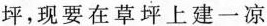
坪，现要在草坪上建一凉